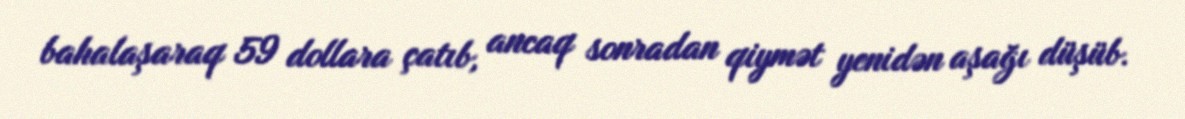
bahalaşaraq 59 dollara çatıb, ancaq sonradan qiymət yenidən aşağı düşüb.